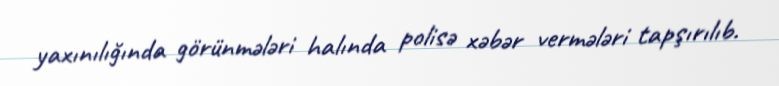
yaxınılığında görünmələri halında polisə xəbər vermələri tapşırılıb.